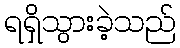
ရရှိသွားခဲ့သည်